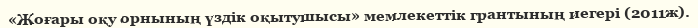
«Жоғары оқу орнының үздік оқытушысы» мемлекеттік грантының иегері (2011ж).